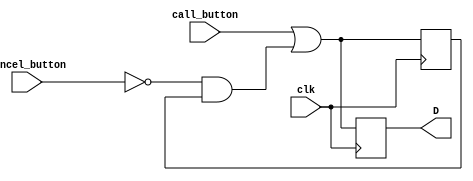
module fasystem (
input wire clk,
input wire call_button,
input wire cancel_button,
output reg D
);
reg Q;
always @(posedge clk) begin
	D = (call_button) | (!cancel_button & Q);
	Q = D;
end
endmodule